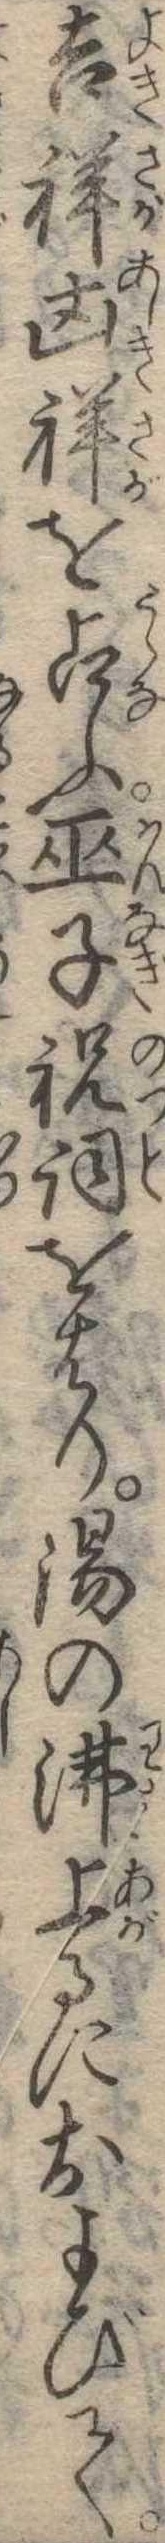
吉祥凶祥を占ふ巫子祝詞をはり湯の沸上るにおよびて